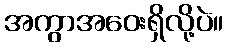
အကွာအဝေးရှိလို့ပဲ။